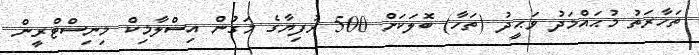
ތަހާރަތު މުޙައްމަދު ވަޙީދު (ތަހާ) ބޮލަކަށް 500 ރުފިޔާގެ މަގުން އިސްލާމިކް މިނިސްޓްރީން